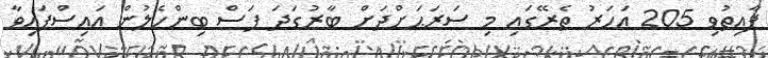
ފާއިތުވި 205 އަހަރު ތެރޭގައި މި ސަރަޙަށްދަށް ބާރުގަދަ ފަސް ބިންހެލުން އައިސްފައިވާ